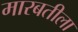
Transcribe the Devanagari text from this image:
मारबतीला